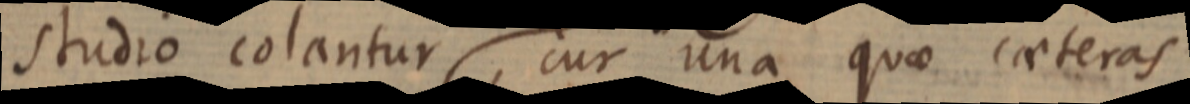
studio colantur cur una quae caeteras